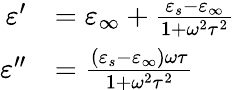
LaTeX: {\begin{array}{rl}{\varepsilon^{\prime}}&{=\varepsilon_{\infty}+{\frac{\varepsilon_{s}-\varepsilon_{\infty}}{1+\omega^{2}\tau^{2}}}}\\ {\varepsilon^{\prime\prime}}&{={\frac{(\varepsilon_{s}-\varepsilon_{\infty})\omega\tau}{1+\omega^{2}\tau^{2}}}}\end{array}}